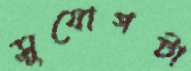
সুযোগটা